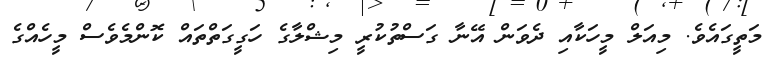
މަތީގައެވެ. މިއަލް މީހަކާއި ދެވަން އޭނާ ގަސްތުކުރީ މިޝްލާގެ ހަގީގަތްތައް ކޮންމެވެސް މީހެއްގެ